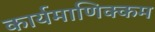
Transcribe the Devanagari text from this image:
कार्यमाणिक्कम